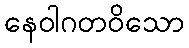
နေဝါဂတဝိသော